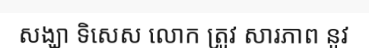
សង្ឃា ទិសេស លោក ត្រូវ សារភាព នូវ